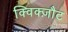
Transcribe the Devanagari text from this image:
क्विक्ज़ौट